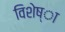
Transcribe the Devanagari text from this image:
विशेष्ा